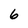
Character: 6